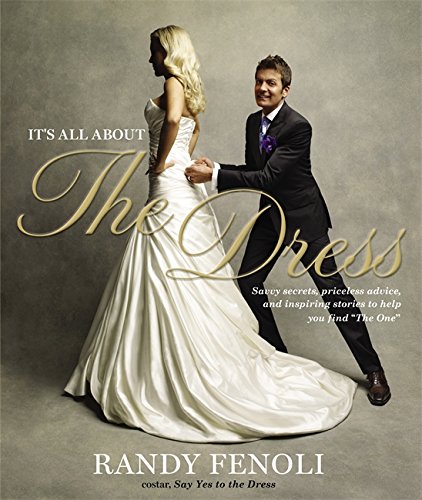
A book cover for It's All About the Dress: Savvy Secrets, Priceless Advice, and Inspiring Stories to Help you Find "The One"; Randy Fenoli; Crafts, Hobbies & Home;